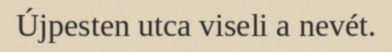
Újpesten utca viseli a nevét.